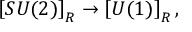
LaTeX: \left[ S U ( 2 ) \right] _ { R } \rightarrow \left[ U ( 1 ) \right] _ { R } ,